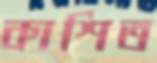
কাশিত